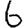
Digit: 6